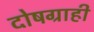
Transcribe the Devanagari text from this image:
दोषग्राही